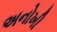
અનોખી